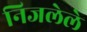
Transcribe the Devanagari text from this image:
निजलेले